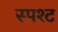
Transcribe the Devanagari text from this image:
स्पश्‍ट